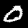
Digit: 0